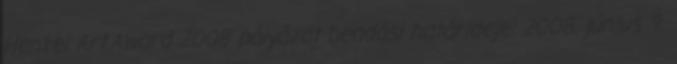
Henkel Art.Award 2008 pályázat beadási határideje: 2008. június 9.